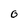
Character: O